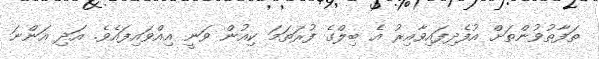
ތަފާތުވުންތަށް އުފެދިފައިވާއިރު އެ ބިލްގެ ފުރަތަމަ ކިއުން ވަނީ އިއްވައިފައެވެ. އަދި އަންނަ